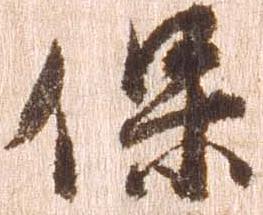
保